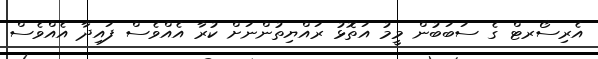
އެރިސޯރޓް ގެ ސަބަބުން މީމު އަތޮޅު ރައްޔިތުންނަށް ކުރާ އެއްވެސް ފައިދާ އެއްވެސް